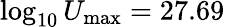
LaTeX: \log_{10}U_{\mathrm{max}}=27.69